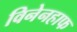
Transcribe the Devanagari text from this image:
विनेनहाफ